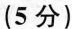
(5分)